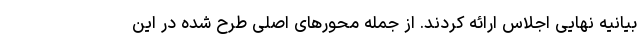
بیانیه نهایی اجلاس ارائه کردند. از جمله محور‌های اصلی طرح شده در این